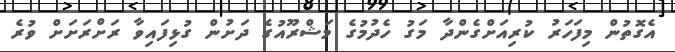
އެގޮތުން މިފަހަރު ކުރިއަށްގެންދާ މަގު ހެދުމުގެ މަޝްރޫއުގެ ދަށުން ގުޅިފައިވާ ރަށްރަށަށް ވުރެ